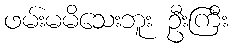
ဖမ်းမမိသေးဘူး ဦးကြီး